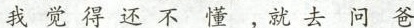
我觉得还不懂，就去问爸